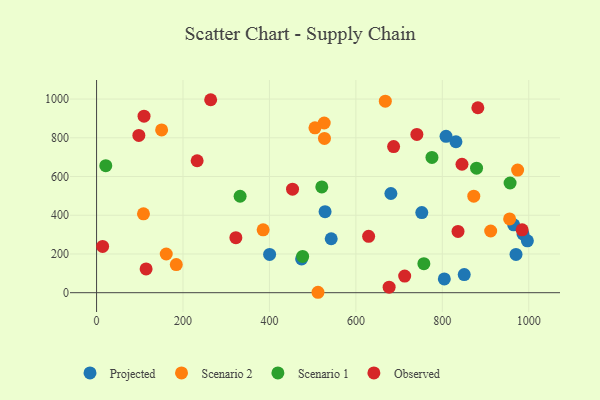
{"axis": {"x": "Distance", "y": "Salary"}, "legend": ["Observed", "Projected", "Scenario 1", "Scenario 2"], "data": [{"x": "831.5", "y": 779.5, "type": "Projected"}, {"x": "528.7", "y": 418.7, "type": "Projected"}, {"x": "986.7", "y": 303.3, "type": "Projected"}, {"x": "542.9", "y": 278.7, "type": "Projected"}, {"x": "850.7", "y": 93.5, "type": "Projected"}, {"x": "996.8", "y": 267.9, "type": "Projected"}, {"x": "752.5", "y": 413.7, "type": "Projected"}, {"x": "474.4", "y": 174.3, "type": "Projected"}, {"x": "970.5", "y": 197.5, "type": "Projected"}, {"x": "804.6", "y": 70.9, "type": "Projected"}, {"x": "681.0", "y": 512.2, "type": "Projected"}, {"x": "965.2", "y": 350.5, "type": "Projected"}, {"x": "808.6", "y": 807.4, "type": "Projected"}, {"x": "400.4", "y": 197.9, "type": "Projected"}, {"x": "911.9", "y": 318.7, "type": "Scenario 2"}, {"x": "150.5", "y": 840.6, "type": "Scenario 2"}, {"x": "872.8", "y": 498.4, "type": "Scenario 2"}, {"x": "955.7", "y": 381.1, "type": "Scenario 2"}, {"x": "974.2", "y": 633.1, "type": "Scenario 2"}, {"x": "526.7", "y": 876.5, "type": "Scenario 2"}, {"x": "184.4", "y": 145.4, "type": "Scenario 2"}, {"x": "161.2", "y": 199.9, "type": "Scenario 2"}, {"x": "668.1", "y": 988.9, "type": "Scenario 2"}, {"x": "527.3", "y": 796.5, "type": "Scenario 2"}, {"x": "512.3", "y": 2.2, "type": "Scenario 2"}, {"x": "385.4", "y": 324.7, "type": "Scenario 2"}, {"x": "108.5", "y": 407.5, "type": "Scenario 2"}, {"x": "505.3", "y": 851.4, "type": "Scenario 2"}, {"x": "956.8", "y": 566.5, "type": "Scenario 1"}, {"x": "757.3", "y": 149.7, "type": "Scenario 1"}, {"x": "776.0", "y": 698.7, "type": "Scenario 1"}, {"x": "332.1", "y": 498.2, "type": "Scenario 1"}, {"x": "879.2", "y": 643.1, "type": "Scenario 1"}, {"x": "21.3", "y": 656.1, "type": "Scenario 1"}, {"x": "521.1", "y": 546.2, "type": "Scenario 1"}, {"x": "476.8", "y": 187.1, "type": "Scenario 1"}, {"x": "712.9", "y": 85.7, "type": "Observed"}, {"x": "629.5", "y": 290.9, "type": "Observed"}, {"x": "984.7", "y": 324.8, "type": "Observed"}, {"x": "676.9", "y": 28.7, "type": "Observed"}, {"x": "97.8", "y": 812.2, "type": "Observed"}, {"x": "114.6", "y": 122.8, "type": "Observed"}, {"x": "264.0", "y": 996.6, "type": "Observed"}, {"x": "109.8", "y": 911.7, "type": "Observed"}, {"x": "322.3", "y": 284.2, "type": "Observed"}, {"x": "836.3", "y": 316.6, "type": "Observed"}, {"x": "741.1", "y": 817.5, "type": "Observed"}, {"x": "453.4", "y": 534.5, "type": "Observed"}, {"x": "232.7", "y": 681.5, "type": "Observed"}, {"x": "882.2", "y": 955.2, "type": "Observed"}, {"x": "687.3", "y": 754.6, "type": "Observed"}, {"x": "845.5", "y": 663.4, "type": "Observed"}, {"x": "14.0", "y": 239.0, "type": "Observed"}]}